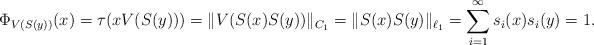
LaTeX: \begin{align*}\Phi_{V(S(y))}(x)=\tau(xV(S(y)))=\|V(S(x)S(y))\|_{C_1}=\|S(x)S(y)\|_{\ell_1}=\sum_{i=1}^\infty s_i(x)s_i(y)=1.\end{align*}